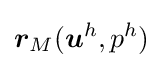
{\boldsymbol {r}}_{M}({\boldsymbol {u}}^{h},p^{h})